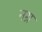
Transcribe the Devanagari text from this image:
नग्र